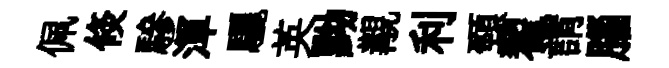
佩倐驂渾驪英黝覯利頸翟謂腦